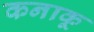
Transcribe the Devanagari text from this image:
कनाकू